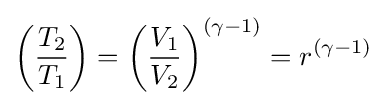
\left({\frac {T_{2}}{T_{1}}}\right)=\left({\frac {V_{1}}{V_{2}}}\right)^{(\gamma -1)}=r^{(\gamma -1)}